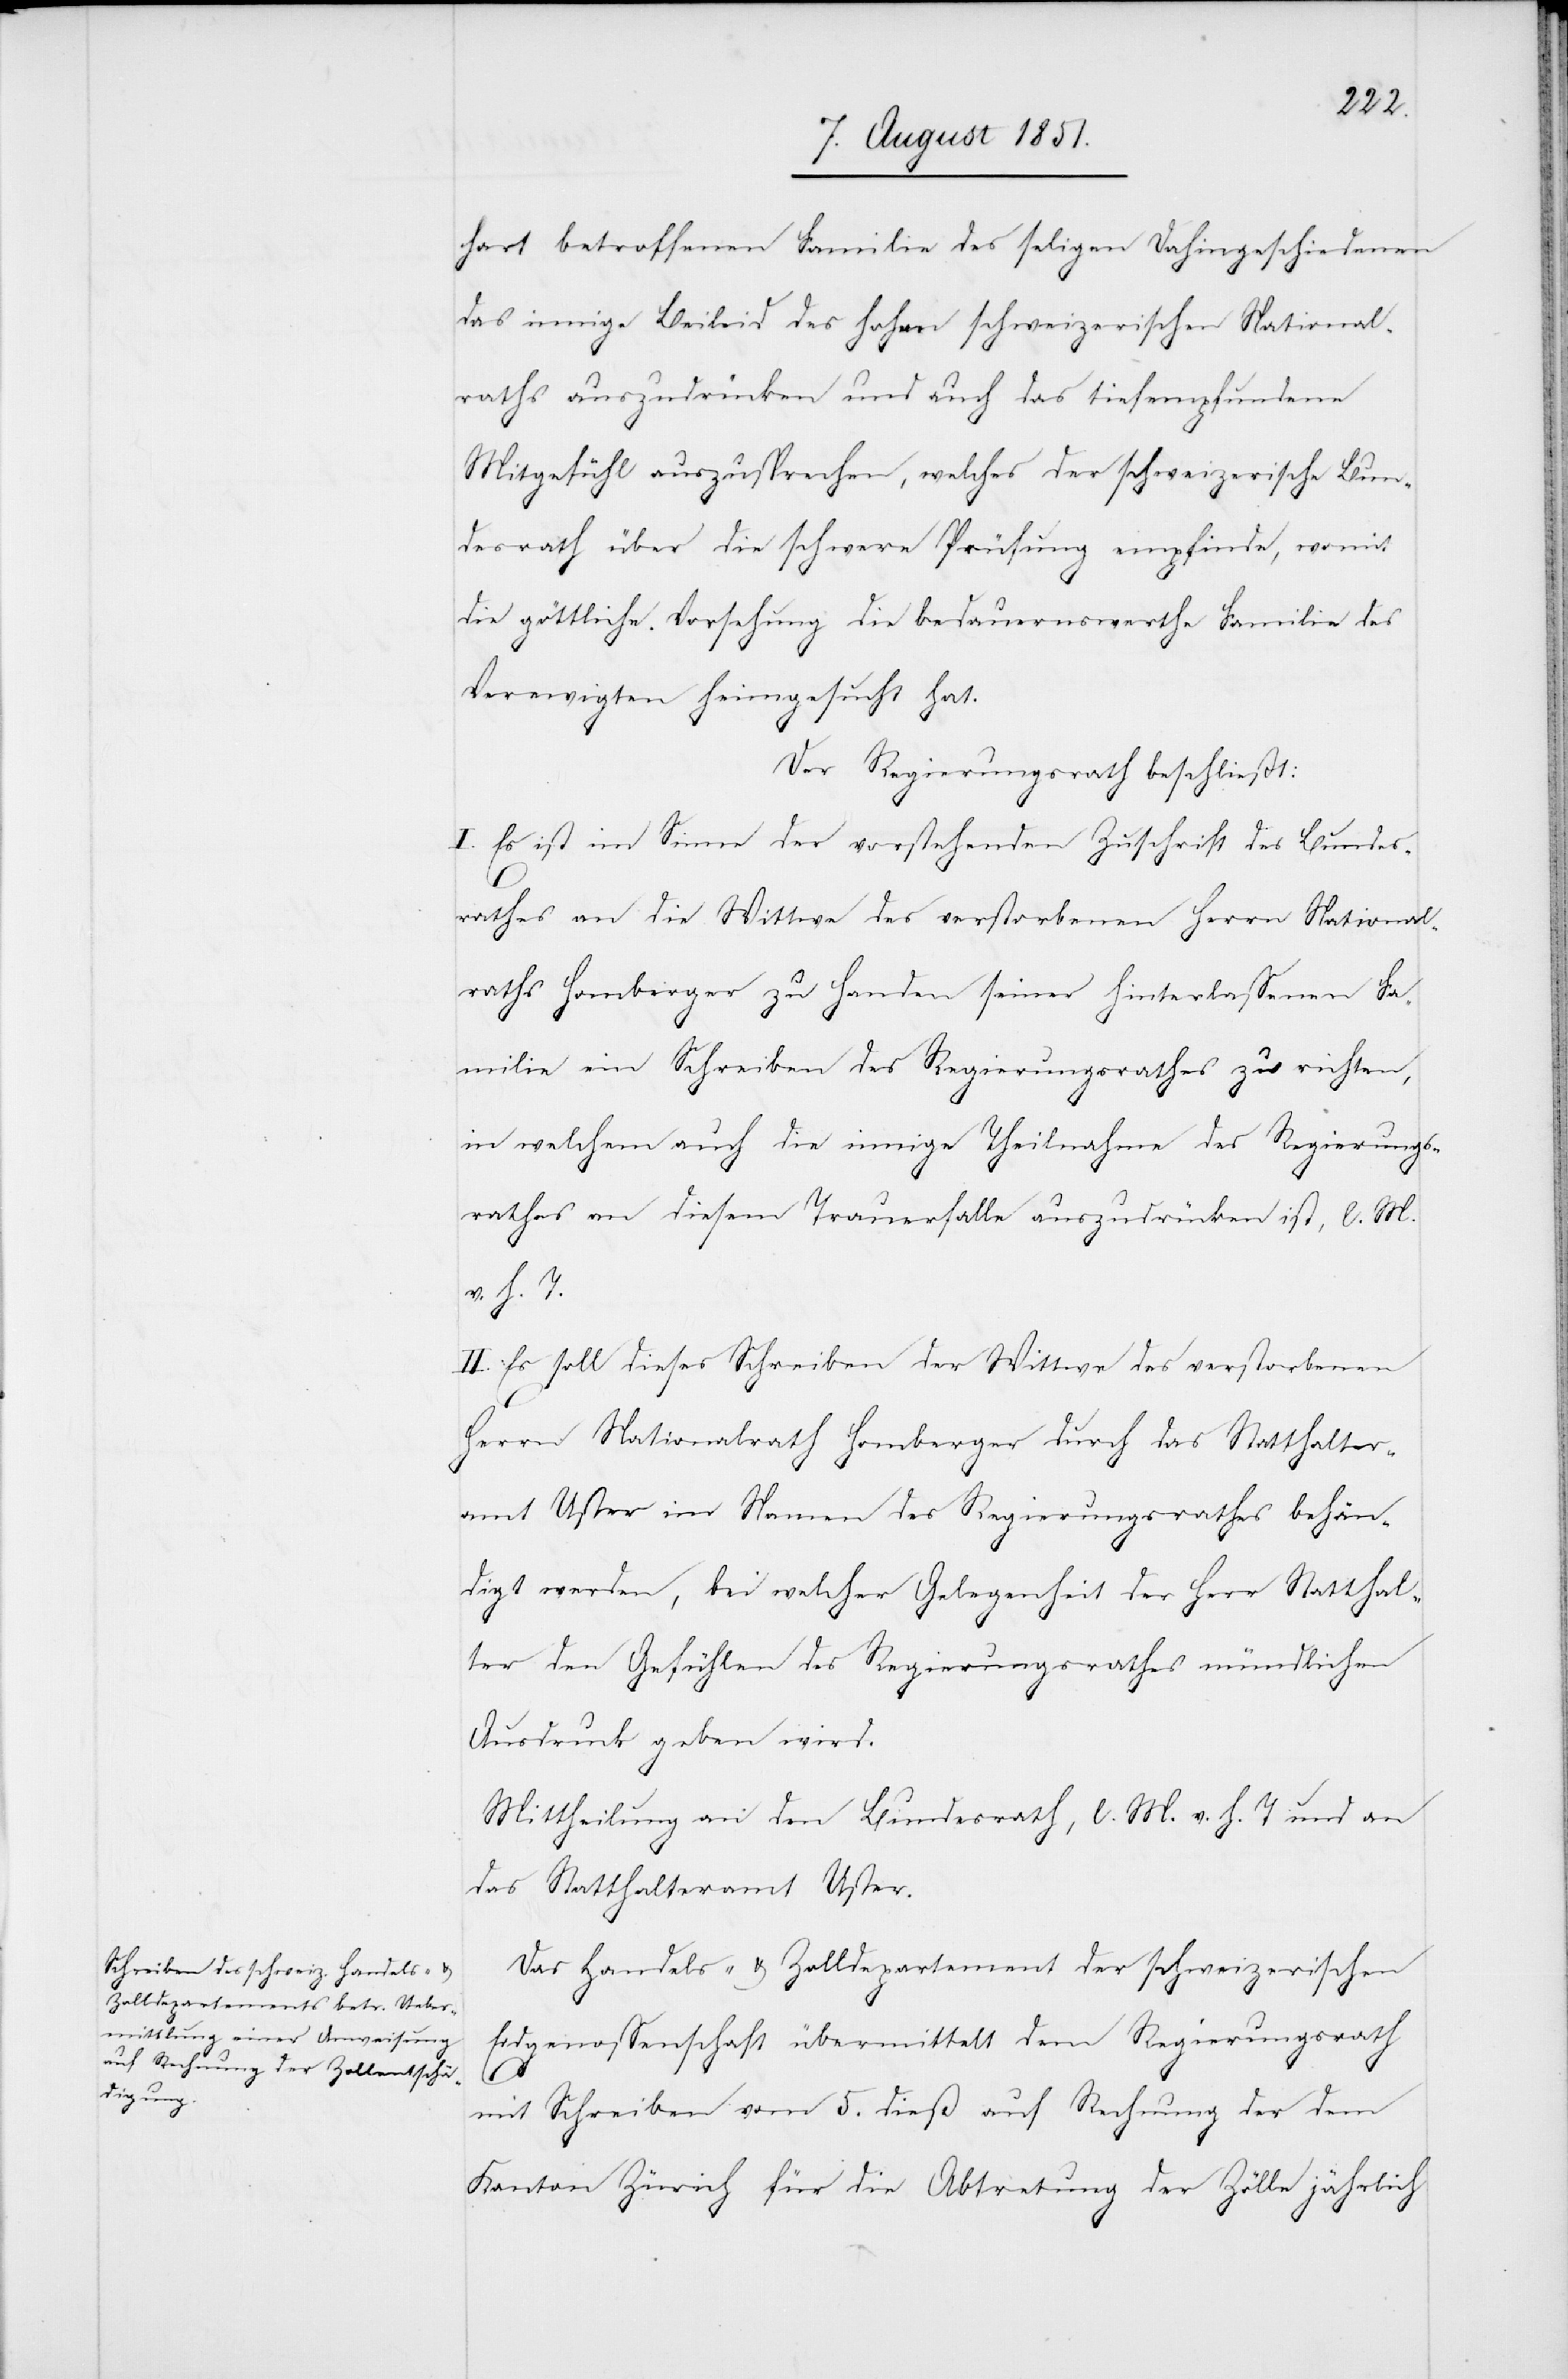
hart betroffenen Familie des seligen Dahingeschiedenen
das innige Beileid des hohen schweizerischen National¬
raths auszudrücken und auch das tiefempfundene
Mitgefühl auszusprechen, welches der schweizerische Bun¬
desrath über die schwere Prüfung empfinde, womit
die göttliche Vorsehung die bedauernswerthe Familie des
Verewigten heimgesucht hat.
Der Regierungsrath beschließt:
I. Es ist im Sinne der vorstehenden Zuschrift des Bundes¬
rathes an die Wittwe des verstorbenen Herrn National¬
raths Homberger zu Handen seiner hinterlassenen Fa¬
milie ein Schreiben des Regierungsrathes zu richten,
in welchem auch die innige Theilnahme des Regierungs¬
rathes an diesem Trauerfalle auszudrücken ist, l. M.
v. h. T.
II. Es soll dieses Schreiben der Wittwe des verstorbenen
Herrn Nationalrath Homberger durch das Statthalter¬
amt Uster im Namen des Regierungsrathes behän¬
digt werden, bei welcher Gelegenheit der Herr Statthal¬
ter den Gefühlen des Regierungsrathes mündlichen
Ausdruck geben wird.
Mittheilung an den Bundesrath, l. M. v. h. T und an
das Statthalteramt Uster.
Das Handels- & Zolldepartement der schweizerischen
Eidgenossenschaft übermittelt dem Regierungsrath
mit Schreiben vom 5. dieß auf Rechnung der dem
Kanton Zürich für die Abtretung der Zölle jährlich